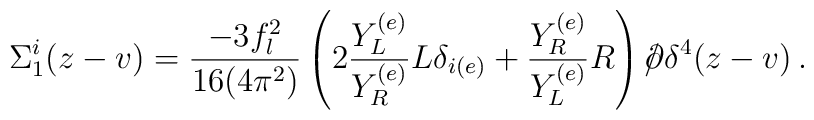
\Sigma_1^i(z-v)=\frac{-3f_l^2}{16(4\pi^2)}\left(2\frac{Y_L^{(e)}}{Y_R^{(e)}}L\delta_{i(e)}+\frac{Y_R^{(e)}}{Y_L^{(e)}}R\right)/\hspace{-2mm}\partial\delta^4(z-v)\, .